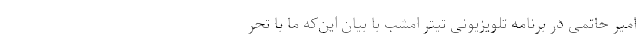
امیر حاتمی در برنامه تلویزیونی تیتر امشب با بیان این‌که ما با تحر